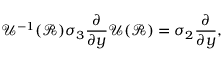
\mathcal { U } ^ { - 1 } ( \mathcal { R } ) \sigma _ { 3 } \frac { \partial } { \partial y } \mathcal { U } ( \mathcal { R } ) = \sigma _ { 2 } \frac { \partial } { \partial y } ,